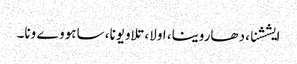
ایششنا، دھاروینا، اولا، تلاویونا، ساہو وے ونا۔